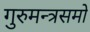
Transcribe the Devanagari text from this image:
गुरुमन्त्रसमो